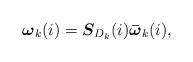
LaTeX: \begin{align*}{\boldsymbol {\omega}}_k(i)= \boldsymbol S_{D_k}(i){\boldsymbol{\bar{\omega}}}_k(i),\end{align*}